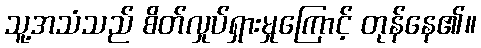
သူ့အသံသည် စိတ်လှုပ်ရှားမှုကြောင့် တုန်နေ၏။